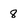
Character: 8